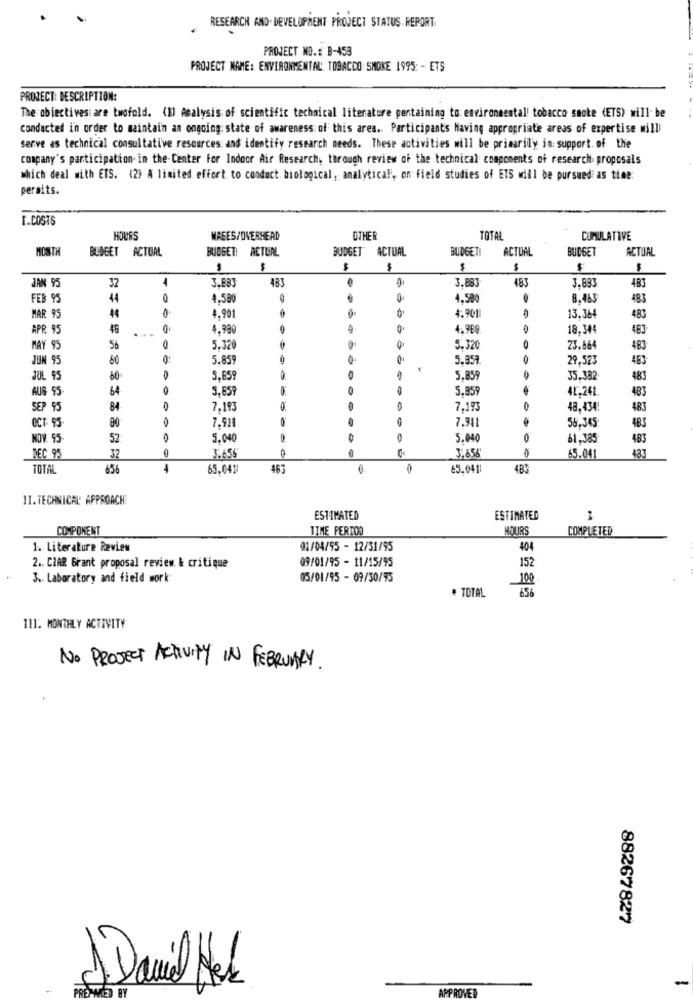
RESEARCH AND. DEVELOPMENT PROJECT STATUS REPORT.
PROJECT NO .: B-458
PROJECT NAME: ENVIRONMENTAL TOBACCO SMOKE 1995: - ETS
PROJECT: DESCRIPTION:
The obiectives: are twofold. (1) Analysis of scientific technical literature pertaining to environmental! tobacco smoke (ETS) will be
conducted in order to maintain an ongoing: state of awareness of this area .. Participants Having appropriate areas of expertise milli
serve as technical consultative resources and identify research needs. These activities will be primarily in support. of the
company's participation in the Center for Indoor Air Research, through review of the technical components of research proposals
which deal with ETS. (2) A limited effort to conduct. biological, analytical, on field studies of ETS will be pursuedias time:
peraits.
I.COSTS
HOURS
MAEES/OVERHEAD
OTHER
TOTAL
CUMULATIVE
MONTH
BUDGET ACTUAL
BUDGET! ACTUAL
BUDGET" ACTUAL
BUDGET!
ACTUAL
BUDGET
ACTUAL
$
$
$
$
$
32
4
3.883
483
0
3.883
483
3.883
JAN 95
483
FEB 95
44
4.580
4.580
8.463
483
0
MAR 95
4.901
4:901
13.364
483
APR 95
4.990
4.9E
18.34
483
MAY 95
56
5.320
5.320
23.664
483
JUN 95
60
5.859
O
5.359.
29,523
483
JUL 95
60
5,659
5.859
35.382
483
AUG 55-
64
0
5,859
5.859
4L.241
483
SEP 95
84
7,193
0
7,193
48,434.
483
OCT: 95-
80
7.911
7.941
58.345
483
NOV. 95-
52
5.040
5.040
61,385
483
3.656
433
DEC 95
32
3.655
65.041
TOTAL
656
4
65.041
463
65.041
483
II.TECHNICAL APPROACH!
ESTIMATED
ESTIMATED
COMPONENT
TIME PERIOD
HOURS
COMPLETED
1. Literature Review
01/04/95 - 12/31/95
404
09/01/95 - 11/15/95
152
2 .. CIAR Grant proposal review. & critique
3 .. Laboratory and field work
05/01/95 - 09/30/95
100
* TOTAL
111. MONTHLY ACTIVITY
NO PROJECT ACTIVITY IN FEBRUARY.
88267827
Daniel Mek
APPROVED